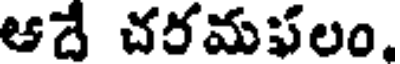
ఆదే చరమఫలం,